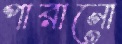
পারানো